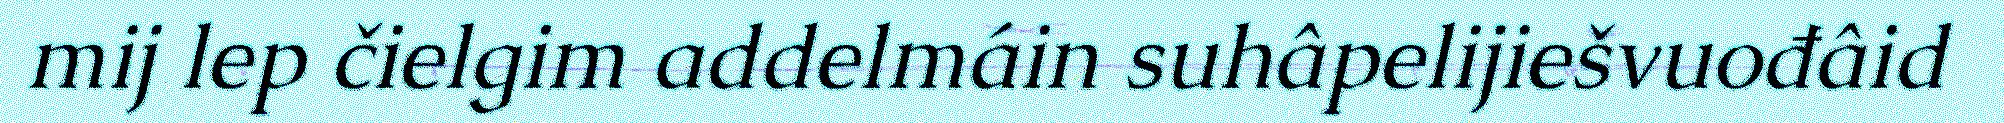
mij lep čielgim addelmáin suhâpelijiešvuođâid